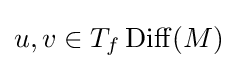
u,v\in T_{f}\operatorname {Diff} (M)